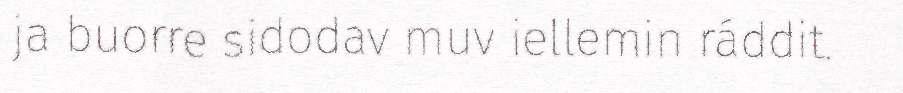
ja buorre sidodav muv iellemin ráddit.